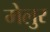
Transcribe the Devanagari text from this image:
मेलुर